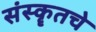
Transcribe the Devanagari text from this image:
संस्कॄतचे